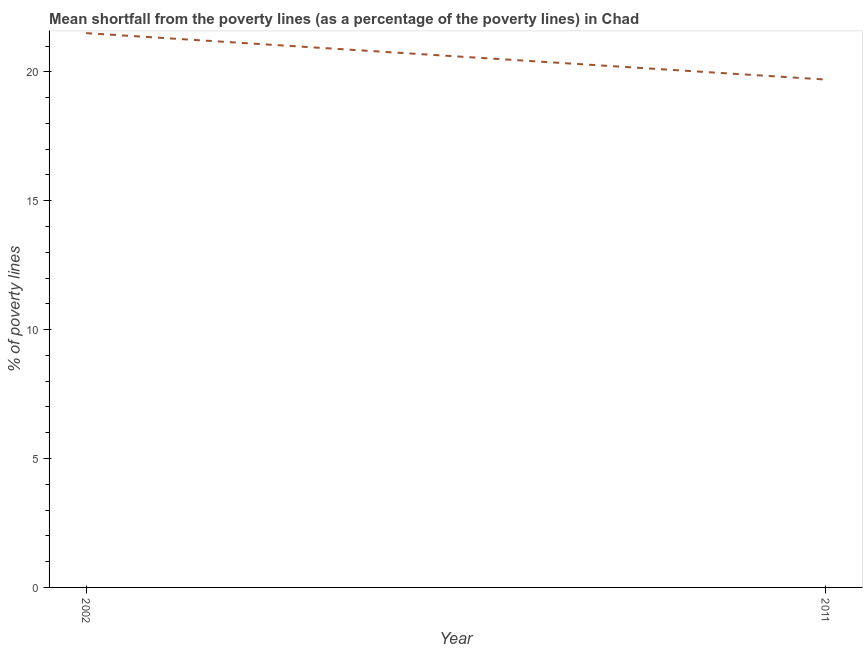
| Year | Poverty gap at national poverty lines |
 | --- | --- |
 | 2002 | 21.5 |
 | 2011 | 19.7 |